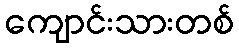
ကျောင်းသားတစ်